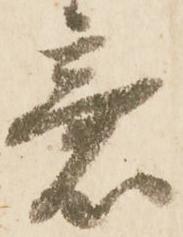
意